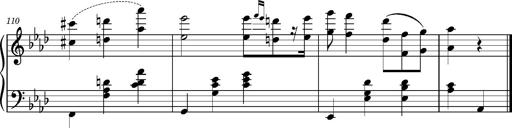
Title: Petite valse favorite
Composer: Franz Liszt
Key: A-flat major